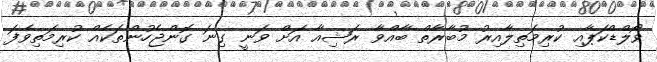
ވޯލްޑްކަޕާއި ކުރިމަތިލާއިރު މުބާރާތް ބާއްވާ ރަޝިއާ އަށް ވަނީ ގިނަ ގޮންޖެހުންތަކެއް ކުރިމަތިވެފަ